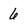
Character: 6